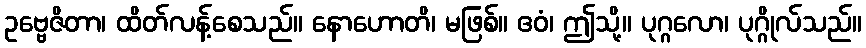
ဥဗ္ဗေဇိတာ၊ ထိတ်လန့်စေသည်။ နောဟောတိ၊ မဖြစ်။ ဧဝံ၊ ဤသို့။ ပုဂ္ဂလော၊ ပုဂ္ဂိုလ်သည်။